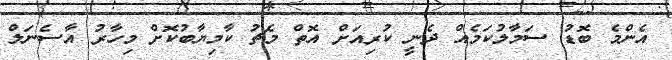
އެންމެ ބޮޑު ސަމާލުކަމެއް ދެނީ ކުރިއަށް އޮތް މެޗު ކާމިޔާބުކޮށް މިހާރު އާސެނަލް